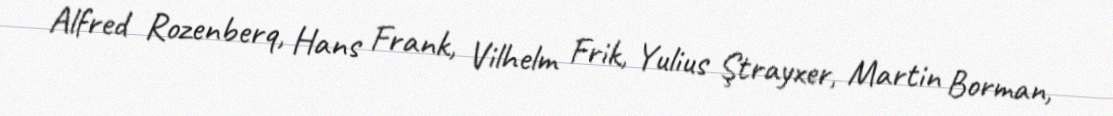
Alfred Rozenberq, Hans Frank, Vilhelm Frik, Yulius Ştrayxer, Martin Borman,